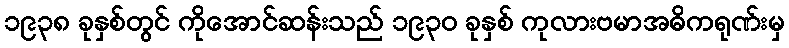
၁၉၃၈ ခုနှစ်တွင် ကိုအောင်ဆန်းသည် ၁၉၃၀ ခုနှစ် ကုလားဗမာအဓိကရုဏ်းမှ